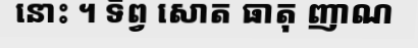
នោះ ។ ទិព្វ សោត ធាតុ ញាណ